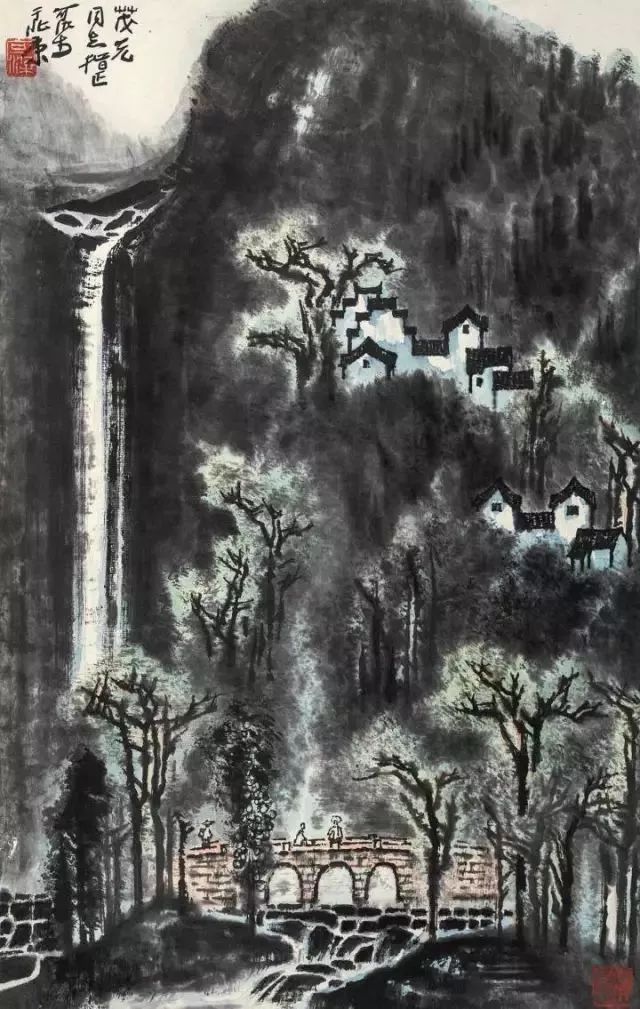
寒日萧萧上琐窗，梧桐应恨夜来霜。